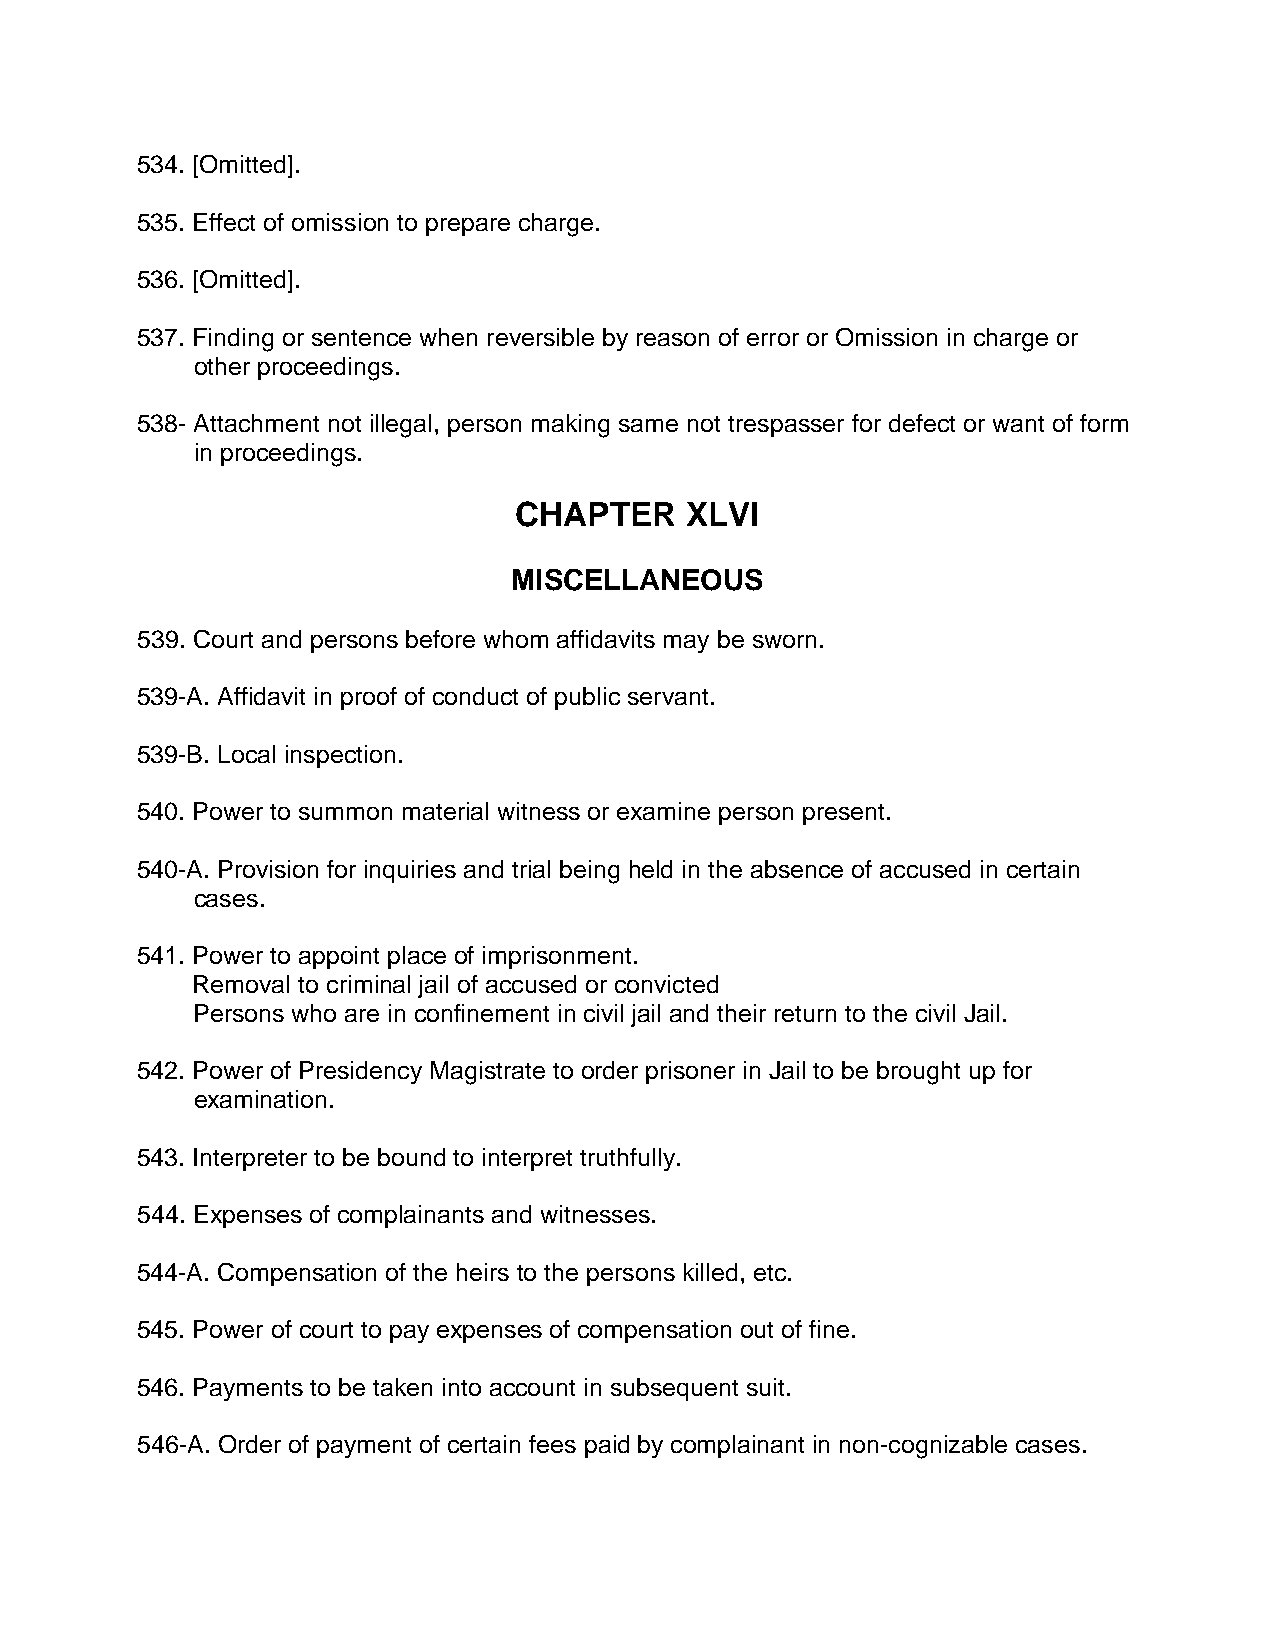
534. [Omitted].
 535. Effect of omission to prepare charge.
 536. [Omitted].
 537. Finding or sentence when reversible by reason of error or Omission in charge or
 other proceedings.
 538- Attachment not illegal, person making same not trespasser for defect or want of form
 in proceedings.
 CHAPTER    XLVI
 MISCELLANEOUS
 539. Court and persons before whom affidavits may be sworn.
 539-A. Affidavit in proof of conduct of public servant.
 539-B. Local inspection.
 540. Power to summon material witness or examine person present.
 540-A. Provision for inquiries and trial being held in the absence of accused in certain
 cases.
 541. Power to appoint place of imprisonment.
 Removal to criminal jail of accused or convicted
 Persons who are in confinement in civil jail and their return to the civil Jail.
 542. Power of Presidency Magistrate to order prisoner in Jail to be brought up for
 examination.
 543. Interpreter to be bound to interpret truthfully.
 544. Expenses of complainants and witnesses.
 544-A. Compensation of the heirs to the persons killed, etc.
 545. Power of court to pay expenses of compensation out of fine.
 546. Payments to be taken into account in subsequent suit.
 546-A. Order of payment of certain fees paid by complainant in non-cognizable cases.